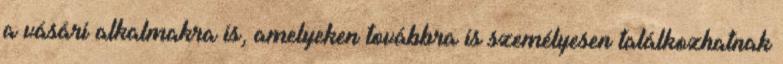
a vásári alkalmakra is, amelyeken továbbra is személyesen találkozhatnak